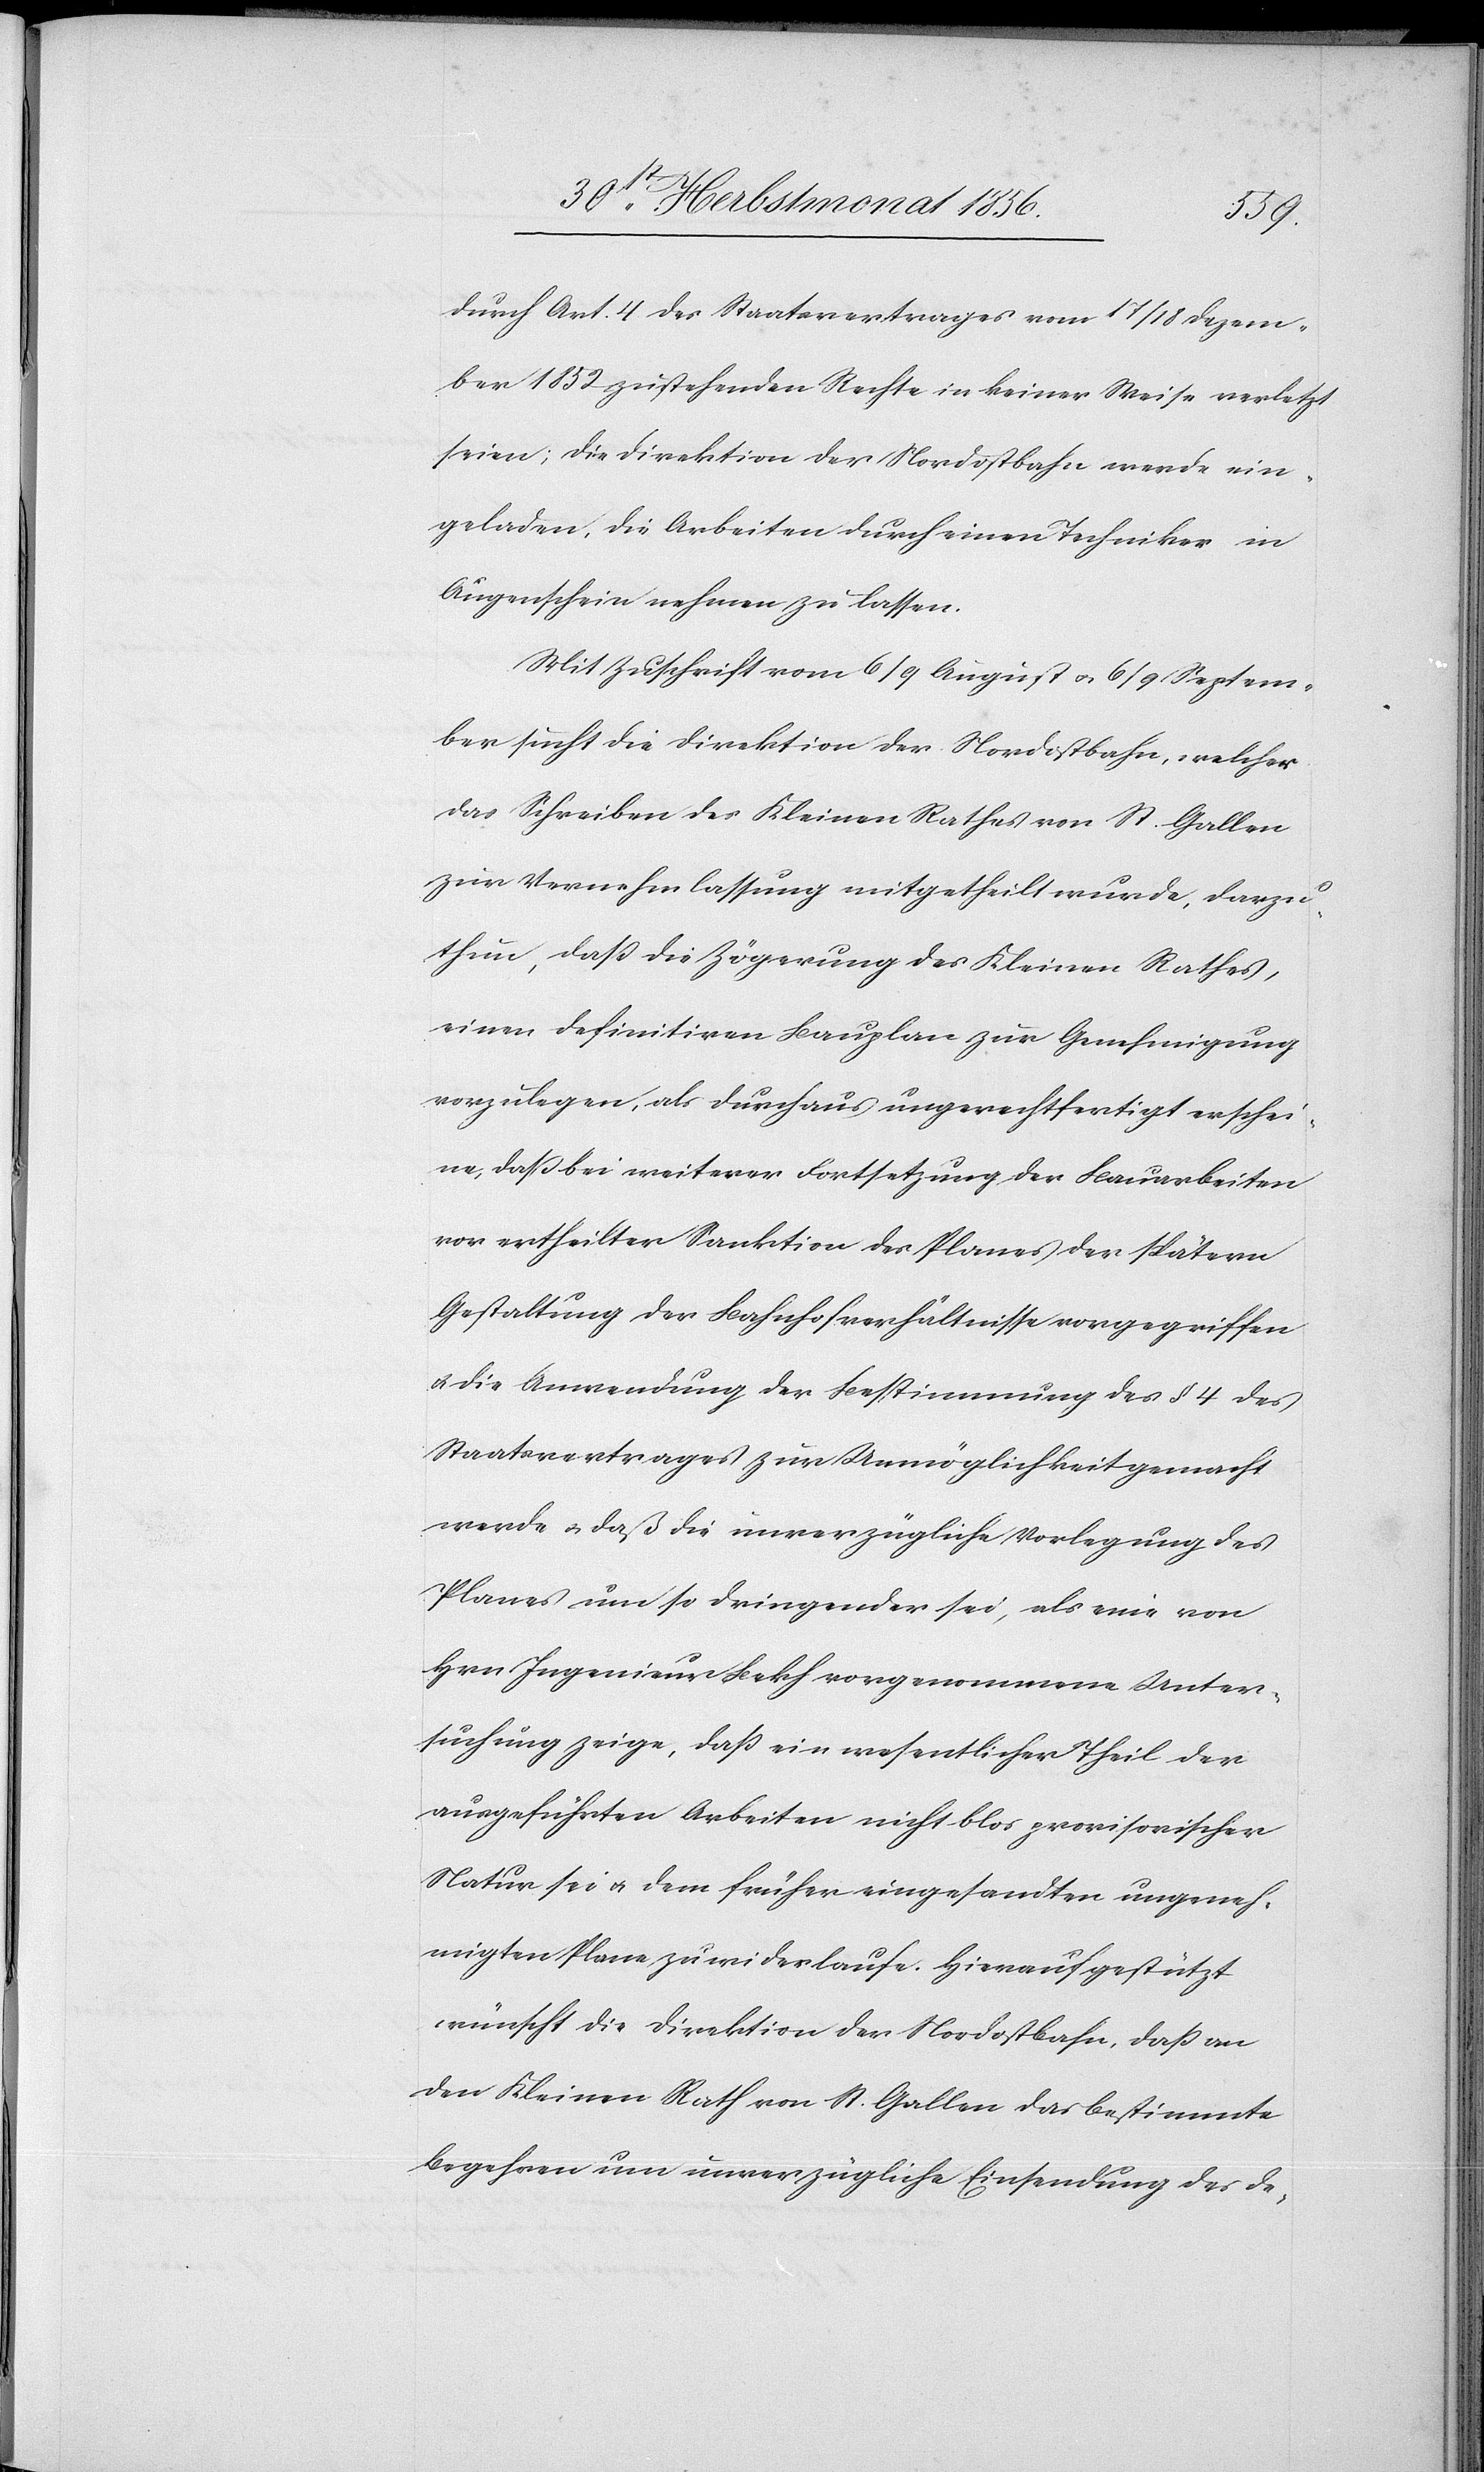
durch Art. 4 des Staatsvertrages vom 17/18 Dezem¬
ber 1852 zustehenden Rechte in keiner Weise verletzt
seien; die Direktion der Nordostbahn werde ein¬
geladen, die Arbeiten durch einen Techniker in
Augenschein nehmen zu lassen.
Mit Zuschrift vom 6/9 August u. 6/9 Septem¬
ber sucht die Direktion der Nordostbahn, welcher
das Schreiben des Kleinen Rathes von St. Gallen
zur Vernehmlassung mitgetheilt wurde, darzu¬
thun, dass die Verzögerung des Kleinen Rathes,
einen definitiven Bauplan zur Genehmigung
vorzulegen, als durchaus ungerechtfertigt erschei¬
ne, dass bei weiterer Fortsetzung der Bauarbeiten
vor ertheilter Sanktion des Planes der spätern
Gestaltung der Bahnhofverhältnisse vorgegriffen
u. die Anwendung der Bestimmung des § 4 des
Staatsvertrages zur Unmöglichkeit gemacht
werde u. daß die unverzügliche Vorlegung des
Planes um so dringender sei, als eine von
Hrn Ingenieur Bekh vorgenommene Unter¬
suchung zeige, dass ein wesentlicher Theil der
ausgeführten Arbeiten nicht blos provisorischer
Natur sei u. dem früher eingesandten ungeneh¬
migten Plane zuwiderlaufe. Hierauf gestützt
wünscht die Direktion der Nordostbahn, dass an
den Kleinen Rath von St. Gallen das bestimmte
Begehren um unverzügliche Einsendung des de-